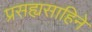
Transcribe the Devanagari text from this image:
प्रसह्यसाहिने